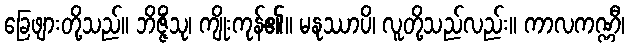
ခြေဖျားတို့သည်။ ဘိဇ္ဇိံသု၊ ကျိုးကုန်၏။ မနုဿာပိ၊ လူတို့သည်လည်း။ ကာလကဏ္ဏီ၊